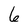
Character: 6